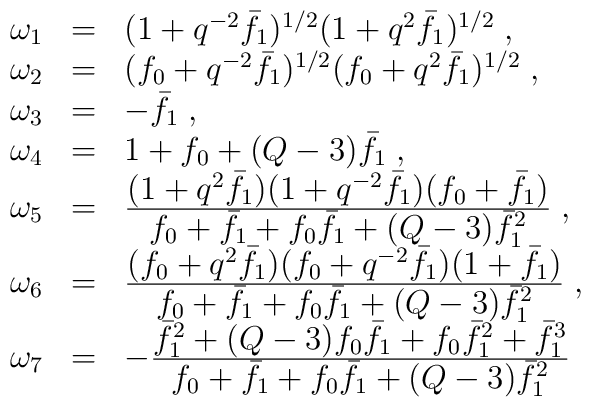
\begin{array}{lll}\omega_{1}&=&(1+q^{-2}\bar{f}_{1})^{1/2}(1+q^{2}\bar{f}_{1})^{1/2}\;,\\   \omega_{2}&=&(f_{0}+q^{-2}\bar{f}_{1})^{1/2}(f_{0}+q^{2}\bar{f}_{1})^{1/2}\;,\\   \omega_{3}&=&-\bar{f}_{1}\;,\\   \omega_{4}&=&1+f_{0}+(Q-3)\bar{f}_{1}\;,\\\omega_{5}&=&\frac{\textstyle (1+q^{2}\bar{f}_{1})(1+q^{-2}\bar{f}_{1})(f_{0}+\bar{f}_{1})}{\textstyle f_{0}+\bar{f}_{1}+f_{0}\bar{f}_{1}+(Q-3)\bar{f}_{1}^{2}}\;,\\  \omega_{6}&=&\frac{\textstyle (f_{0}+q^{2}\bar{f}_{1})(f_{0}+q^{-2}\bar{f}_{1})(1+\bar{f}_{1})}{\textstyle f_{0}+\bar{f}_{1}+f_{0}\bar{f}_{1}+(Q-3)\bar{f}_{1}^{2}}\;,\\  \omega_{7}&=&-\frac{\textstyle \bar{f}_{1}^{2}+(Q-3)f_{0}\bar{f}_{1}+f_{0}\bar{f}_{1}^{2}+\bar{f}_{1}^{3}}{\textstyle f_{0}+\bar{f}_{1}+f_{0}\bar{f}_{1}+(Q-3)\bar{f}_{1}^{2}}\end{array}